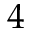
4